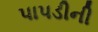
પાપડીની